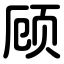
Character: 顾